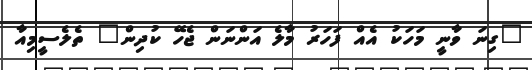
"ގިނަ ވާނީ މަހަކު އެއް ފަހަރު މާލެ އަންނަން ޖެހޭ ކުދިން" ތެލެސީމިއާ